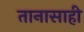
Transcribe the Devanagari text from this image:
तानासाही